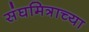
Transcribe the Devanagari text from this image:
संघमित्राच्या